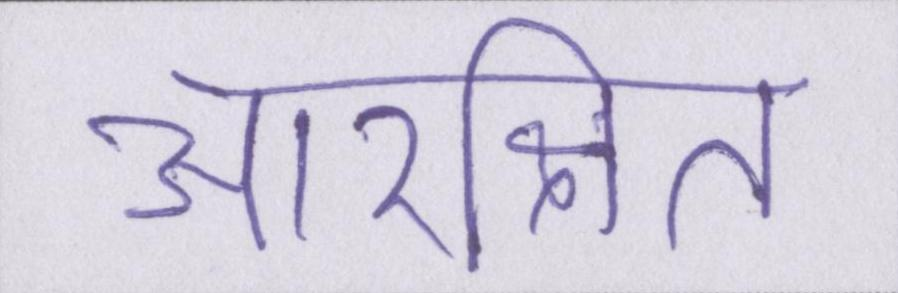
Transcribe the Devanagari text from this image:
आरक्षित